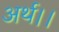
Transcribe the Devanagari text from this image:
अर्थ।।